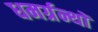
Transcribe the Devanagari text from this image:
धमर्ग्रन्थों